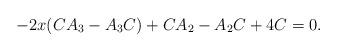
LaTeX: \begin{align*}-2x(CA_{3}-A_{3}C)+CA_{2}-A_{2}C+4C=0.\end{align*}